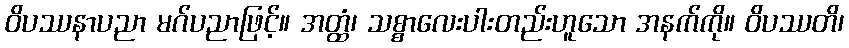
ဝိပဿနာပညာ မဂ်ပညာဖြင့်။ အတ္ထံ၊ သစ္စာလေးပါးတည်းဟူသော အနက်ကို။ ဝိပဿတိ၊